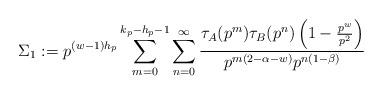
LaTeX: \begin{align*}\Sigma_1 : = p^{(w-1) h_p } \sum_{m=0 }^{k_p-h_p-1}\sum_{n=0}^{\infty} \frac{\tau_A(p^{m}) \tau_B(p^{n}) \left( 1-\frac{p^w}{p^{2}} \right)}{ p^{m(2-\alpha-w)} p^{n(1-\beta)} }\end{align*}